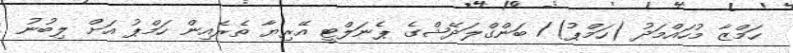
ހަމްޒާ މުހައްމަދު (ހަމްޕު)/ ބަންގްލަދޭޝްގެ ޕެނަލްޓީ އޭރިޔާ ތެރެއިން ހަމްޕު އަށް ލިބުނު